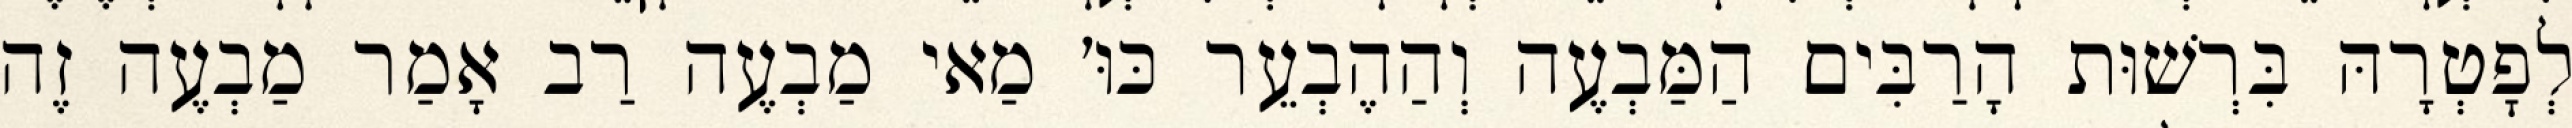
לְפׇטְרָהּ בִּרְשׁוּת הָרַבִּים הַמַּבְעֶה וְהַהֶבְעֵר כּוּ׳ מַאי מַבְעֶה רַב אָמַר מַבְעֶה זֶה